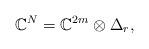
LaTeX: \begin{gather*}\mathbb{C}^N=\mathbb{C}^{2m}\otimes \Delta_r,\end{gather*}